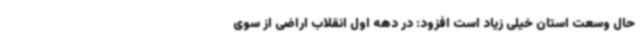
حال وسعت استان خیلی زیاد است افزود: در دهه اول انقلاب اراضی از سوی